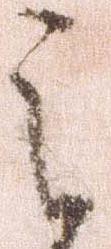
之